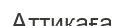
Аттикаға